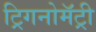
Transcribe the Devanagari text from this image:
ट्रिगनोमॅट्री